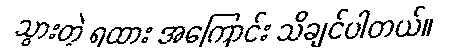
သွားတဲ့ ရထား အကြောင်း သိချင်ပါတယ်။